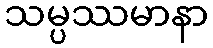
သမ္ပဿမာနာ